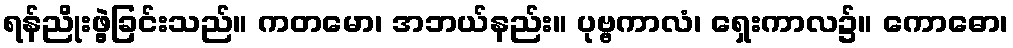
ရန်ညိုးဖွဲ့ခြင်းသည်။ ကတမော၊ အဘယ်နည်း။ ပုဗ္ဗကာလံ၊ ရှေးကာလ၌။ ကောဓော၊